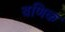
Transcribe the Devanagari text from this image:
बणिक